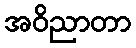
အဝိညာတာ